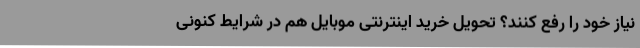
نیاز خود را رفع کنند؟ تحویل خرید اینترنتی موبایل هم در شرایط کنونی